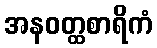
အနဝတ္ထစာရိကံ